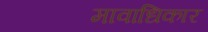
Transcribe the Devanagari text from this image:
मावाधिकार